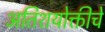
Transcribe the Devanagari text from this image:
अतिशयोक्तीचे